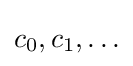
c_{0},c_{1},\ldots